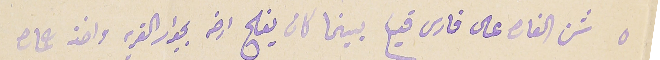
٥ شن الغاره على فارس قديح بينما كان يفلح ارضه بجوار القرية واخذ حماره